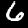
Digit: 6